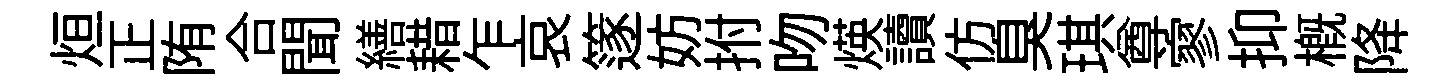
烜正陏合聞繕耤乍哀篴妨拊吻煐讀仿臭琪尊寥抑槪降